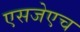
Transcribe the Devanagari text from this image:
एसजेएच